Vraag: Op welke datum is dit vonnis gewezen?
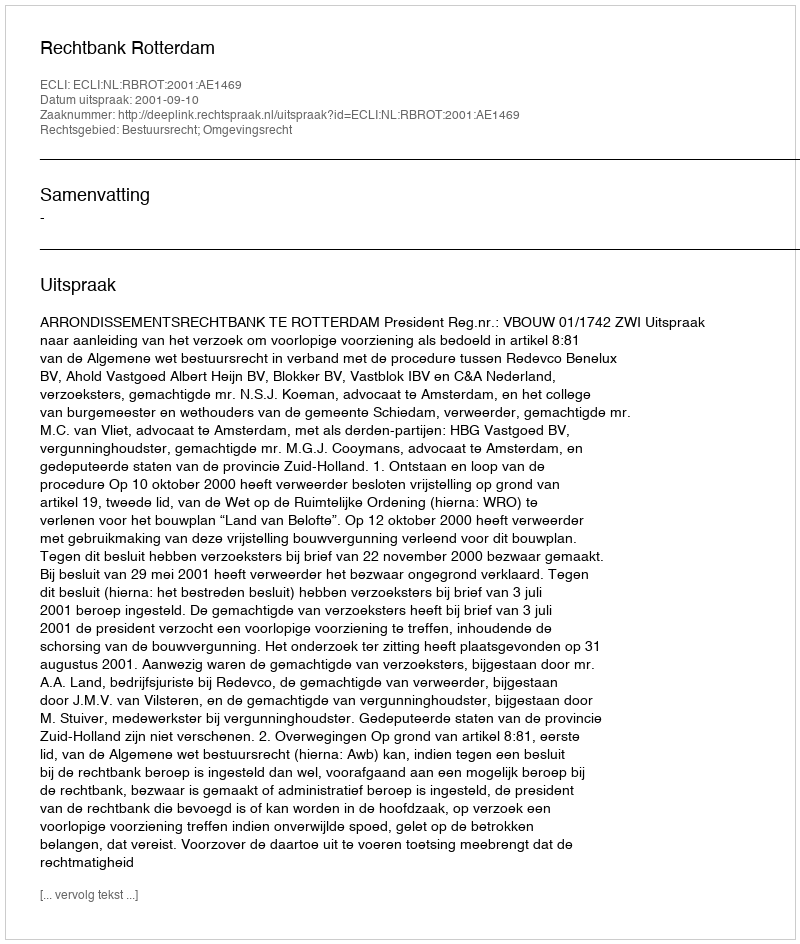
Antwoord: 2001-09-10